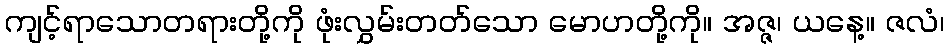
ကျင့်ရာသောတရားတို့ကို ဖုံးလွှမ်းတတ်သော မောဟတို့ကို။ အဇ္ဇ၊ ယနေ့။ ဇလံ၊